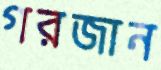
গরজান